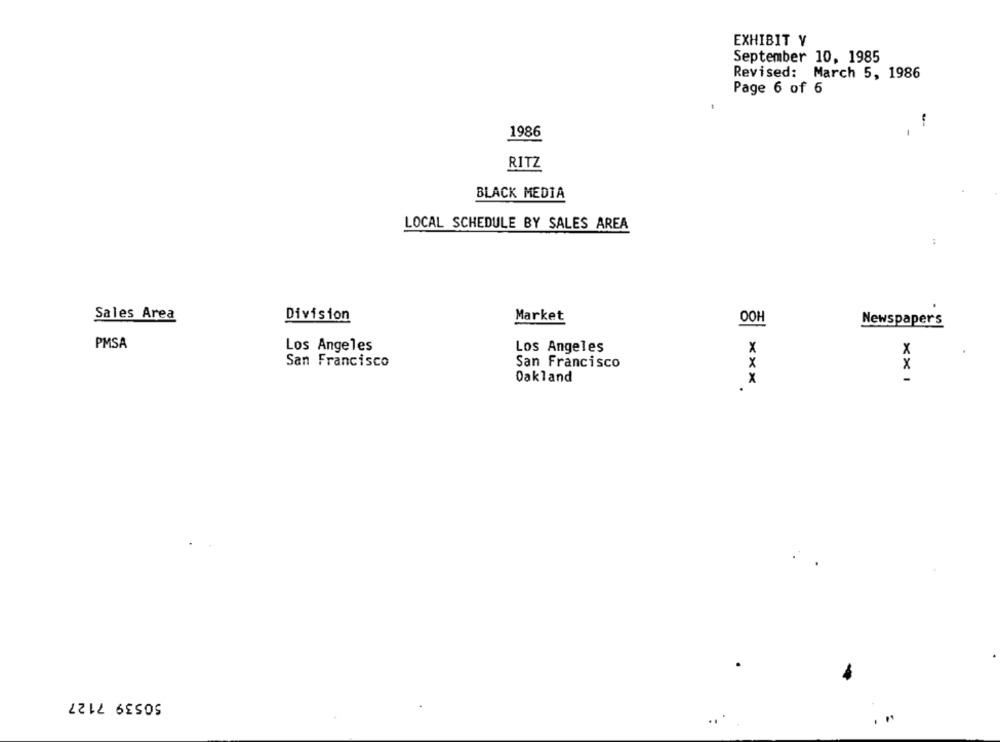
EXHIBIT Y
September 10, 1985
Revised: March 5, 1986
Page 6 of 6
-
1986
RITZ
BLACK MEDIA
LOCAL SCHEDULE BY SALES AREA
Sales Area
Division
Market
OOH
Newspapers
PMSA
Los Angeles
Los Angeles
x
X
San Francisco
San Francisco
x
Oakland
x
.
50539 7127